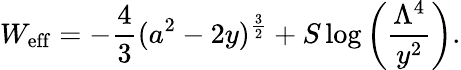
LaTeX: W_{\mathrm{eff}}=-\frac{4}{3}(a^{2}-2y)^{\frac{3}{2}}+S\log\left(\frac{\Lambda^{4}}{y^{2}}\right).